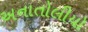
અનાતોલીયો